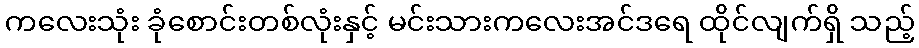
ကလေးသုံး ခုံစောင်းတစ်လုံးနှင့် မင်းသားကလေးအင်ဒရေ ထိုင်လျက်ရှိ သည့်